Leningradi_Edasi_toimetus, lk 203
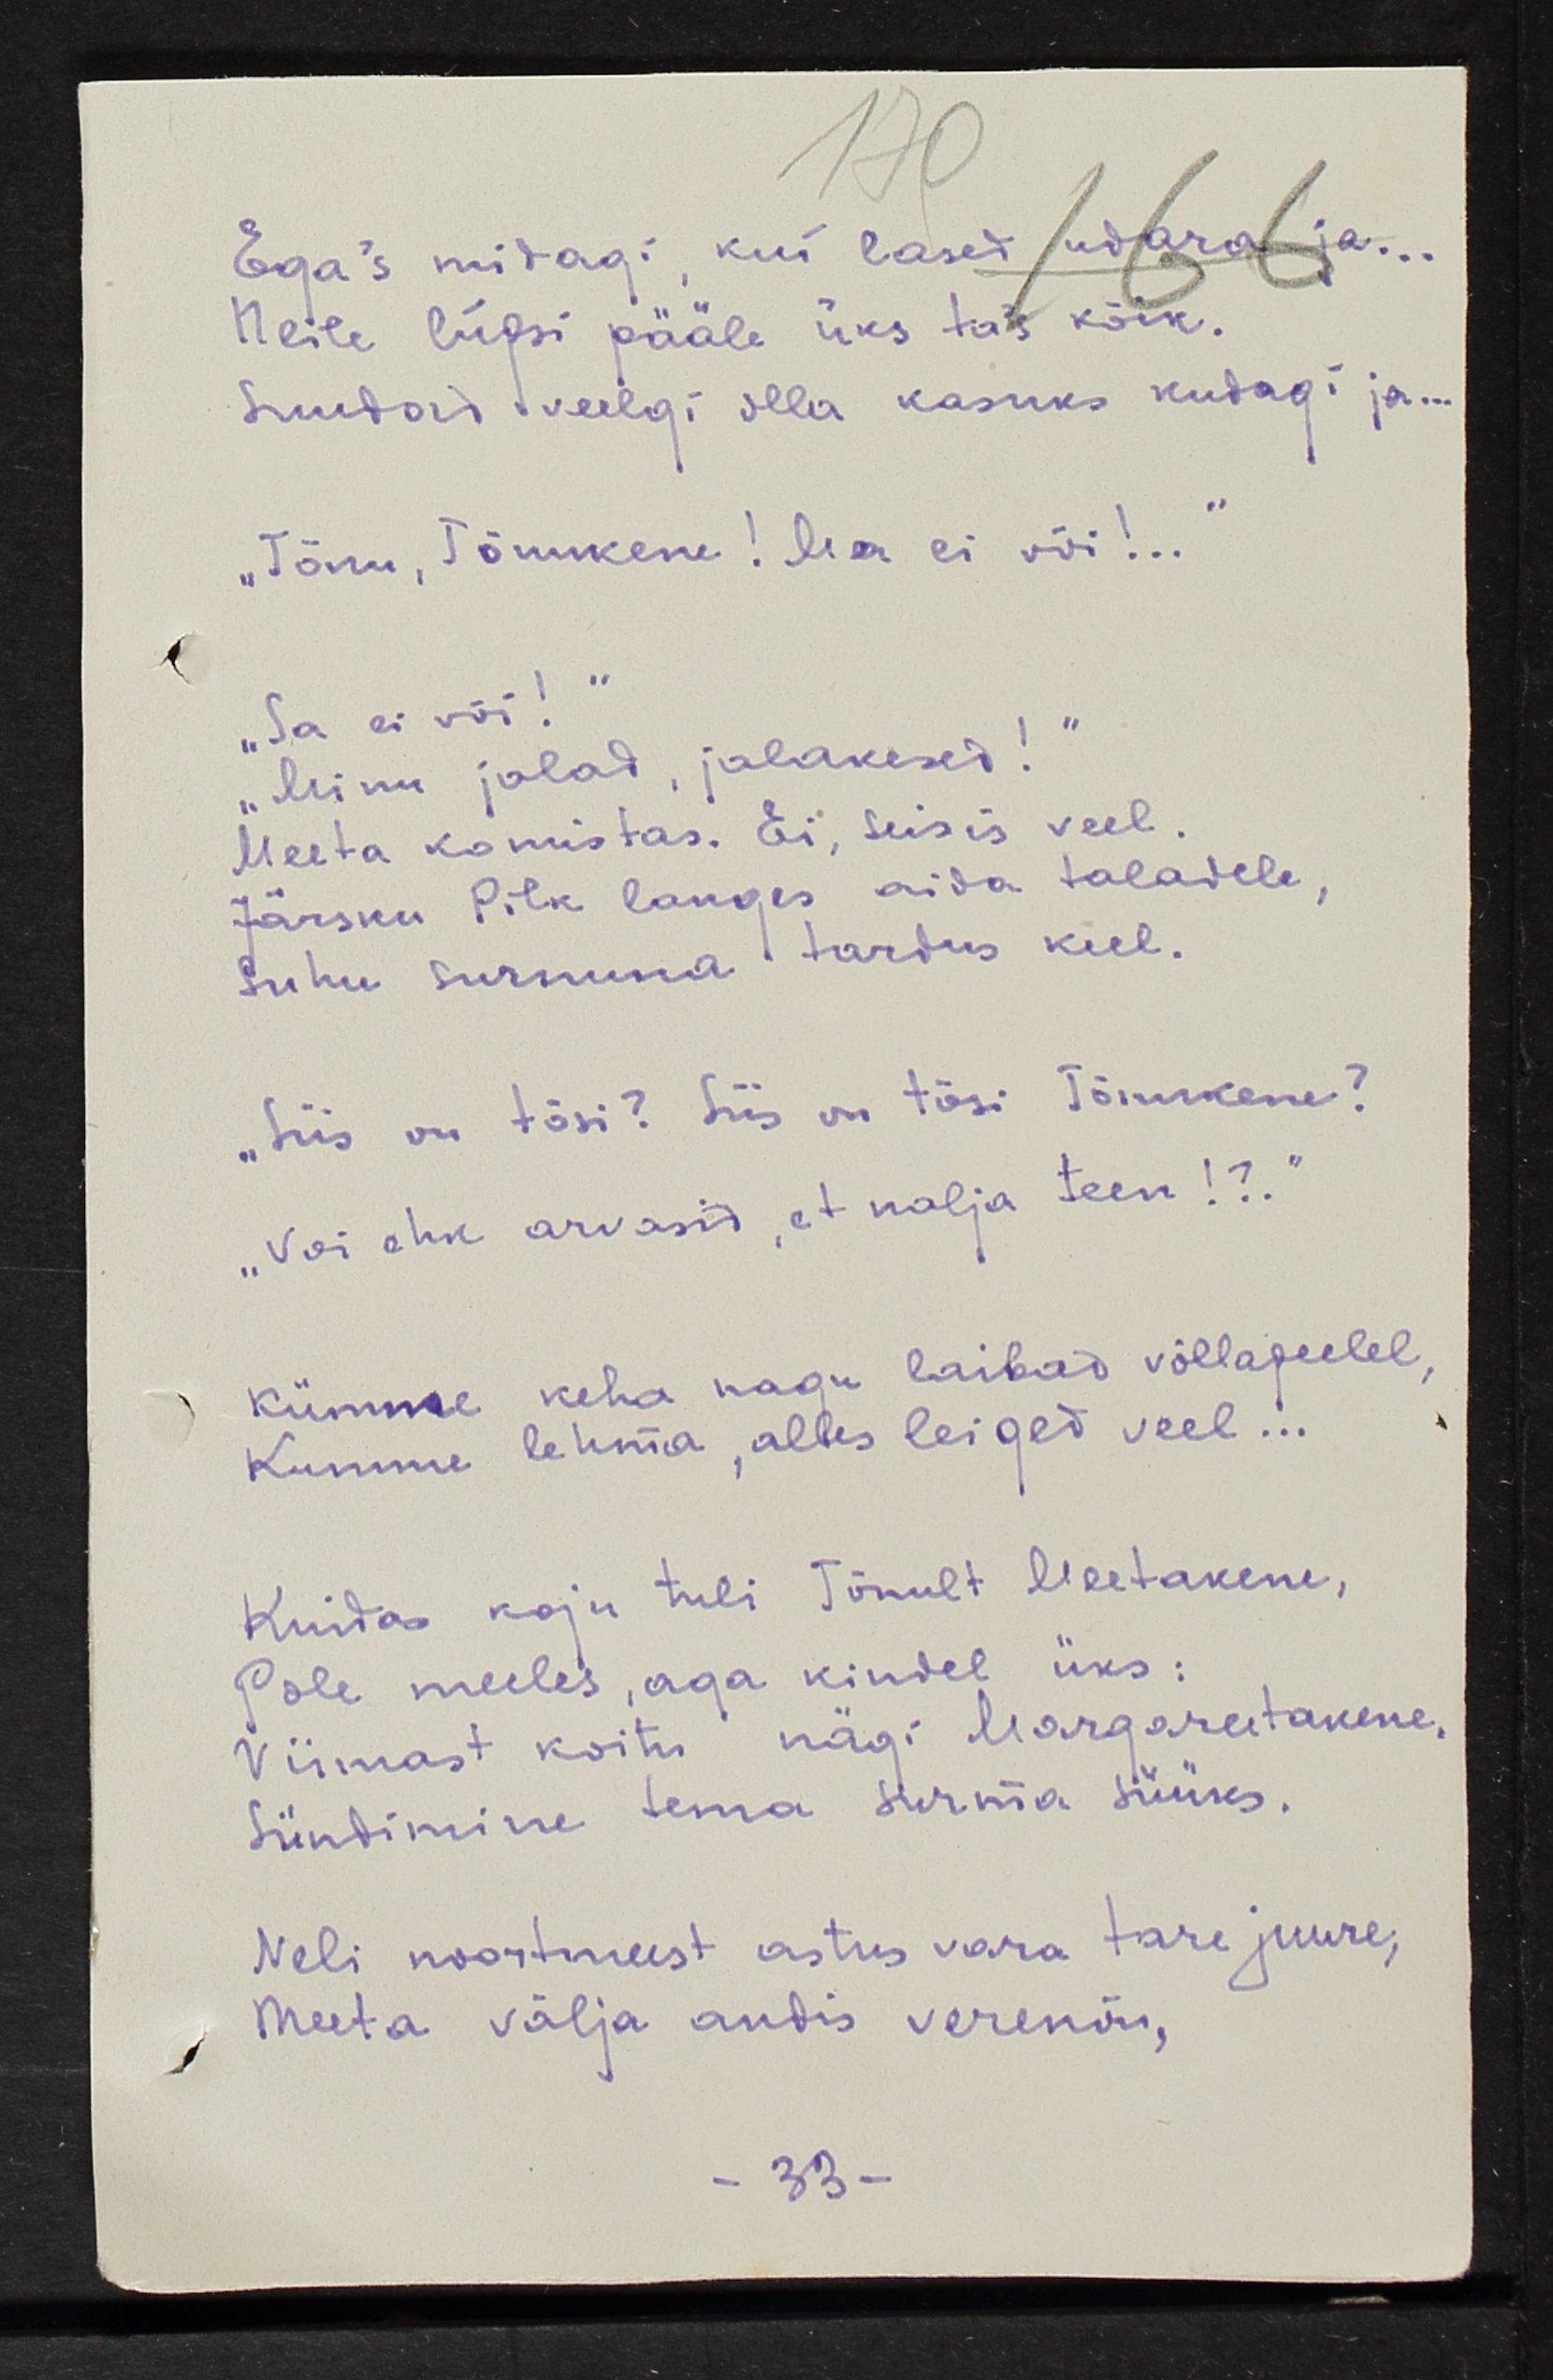
Ega's midagi, kui lased udara ja...
Neile lüpsi pääle üks ta's kõik.
Suudad veelgi olla kasuks kudagi ja...
"Tõnu, Tõnukene! Ma ei või!.."
"Sa ei või!"
"Minu jalad, jalakesed!"
Meeta komistas. Ei, seisis veel.
Järsku Pilk langes aida taladele,
Suhu surnuna tardus kell.
"Siis on tõsi? Siis on tõsi Tõnukene?
"Voi ehk arvasid, et nalja teen!?."
Kümme keha nagu laibad võllapeelel,
Kumme lehma, alles leiged veel...
Kuidas koju tuli Tõnult Meetakene,
Pole meeles, aga kindel üks:
Viimast koitu nägi Margareetakene
Sündimine tema surma süüks.
Neli noormeest astus vara tare juure,
Meeta välja andis verenõu,